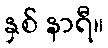
နှစ် နာရီ။